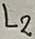
Text: L2